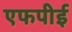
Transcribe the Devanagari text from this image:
एफपीई